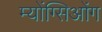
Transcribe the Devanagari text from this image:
म्योंग्सिओंग